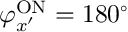
\varphi _ { x ^ { \prime } } ^ { \mathrm { { O N } } } = 1 8 0 ^ { \circ }